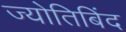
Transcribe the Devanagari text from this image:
ज्योतिबिंद